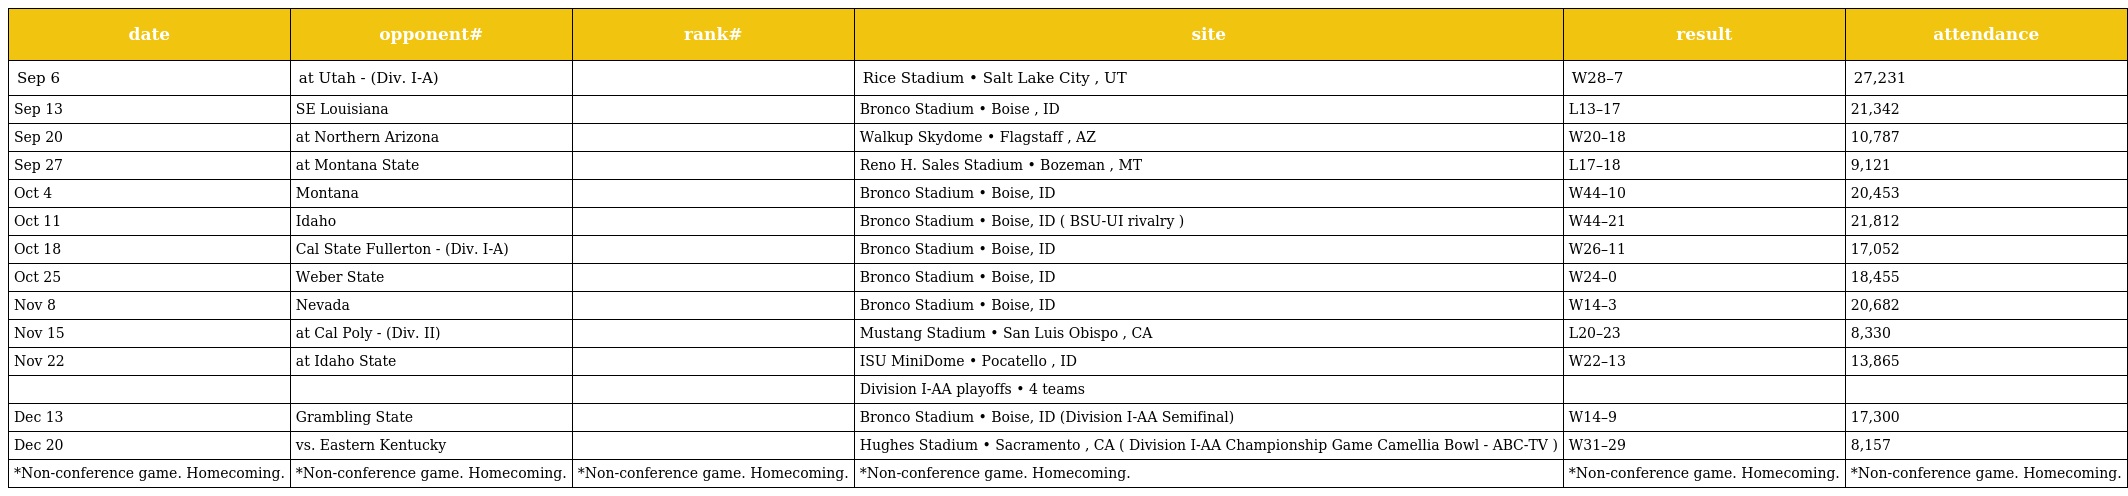
| date | opponent# | rank# | site | result | attendance |
 | --- | --- | --- | --- | --- | --- |
 | Sep 6 | at Utah - (Div. I-A) |  | Rice Stadium • Salt Lake City , UT | W28–7 | 27,231 |
 | Sep 13 | SE Louisiana |  | Bronco Stadium • Boise , ID | L13–17 | 21,342 |
 | Sep 20 | at Northern Arizona |  | Walkup Skydome • Flagstaff , AZ | W20–18 | 10,787 |
 | Sep 27 | at Montana State |  | Reno H. Sales Stadium • Bozeman , MT | L17–18 | 9,121 |
 | Oct 4 | Montana |  | Bronco Stadium • Boise, ID | W44–10 | 20,453 |
 | Oct 11 | Idaho |  | Bronco Stadium • Boise, ID ( BSU-UI rivalry ) | W44–21 | 21,812 |
 | Oct 18 | Cal State Fullerton - (Div. I-A) |  | Bronco Stadium • Boise, ID | W26–11 | 17,052 |
 | Oct 25 | Weber State |  | Bronco Stadium • Boise, ID | W24–0 | 18,455 |
 | Nov 8 | Nevada |  | Bronco Stadium • Boise, ID | W14–3 | 20,682 |
 | Nov 15 | at Cal Poly - (Div. II) |  | Mustang Stadium • San Luis Obispo , CA | L20–23 | 8,330 |
 | Nov 22 | at Idaho State |  | ISU MiniDome • Pocatello , ID | W22–13 | 13,865 |
 |  |  |  | Division I-AA playoffs • 4 teams |  |  |
 | Dec 13 | Grambling State |  | Bronco Stadium • Boise, ID (Division I-AA Semifinal) | W14–9 | 17,300 |
 | Dec 20 | vs. Eastern Kentucky |  | Hughes Stadium • Sacramento , CA ( Division I-AA Championship Game Camellia Bowl - ABC-TV ) | W31–29 | 8,157 |
 | *Non-conference game. Homecoming. | *Non-conference game. Homecoming. | *Non-conference game. Homecoming. | *Non-conference game. Homecoming. | *Non-conference game. Homecoming. | *Non-conference game. Homecoming. |